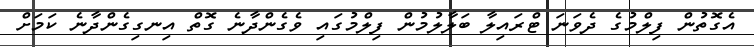
އެގޮތުން ފިލްމުގެ ދެވަނަ ޓްރައިލާ ބަލާލުމުން ފިލްމުގައި ވެގެންދާނެ ގޮތް އިނގިގެންދާނެ ކަމަށް